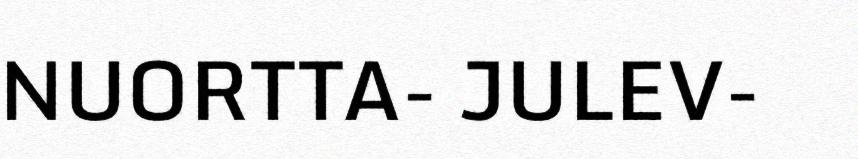
NUORTTA- JULEV-